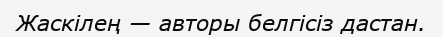
Жаскілең — авторы белгісіз дастан.